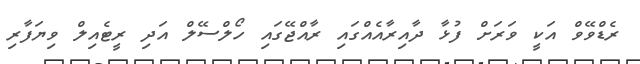
ރެޑްވޭވް އަކީ ވަރަށް ފުޅާ ދާއިރާއެއްގައި ރާއްޖޭގައި ހޯލްސޭލް އަދި ރީޓެއިލް ވިޔަފާރި